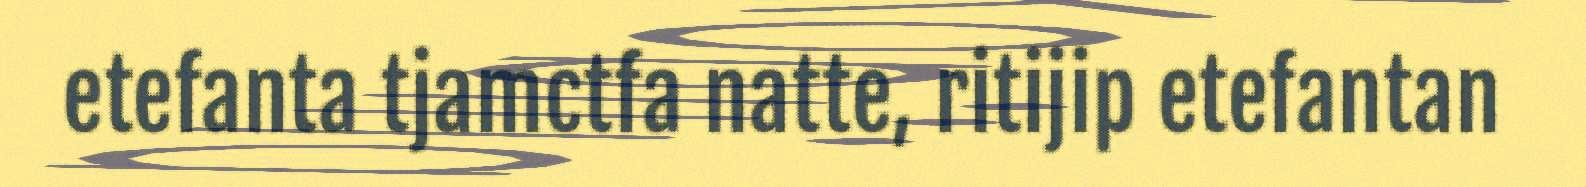
etefanta tjamctfa natte, ritijip etefantan